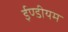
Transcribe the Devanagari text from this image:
ईण्डीयम